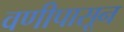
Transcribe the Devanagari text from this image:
वणीपासून